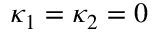
\kappa _ { 1 } = \kappa _ { 2 } = 0